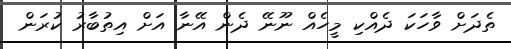
ތެދަށް ވާހަކަ ދެއްކި މީހެއް ނޫނޭ ދެން އޭނާ އަށް އިތުބާރު ކުރަން